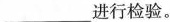
___进行检验。